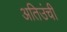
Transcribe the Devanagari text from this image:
अतिउंची